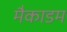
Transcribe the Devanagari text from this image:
मैकाडम